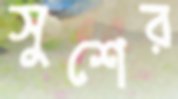
সুশের